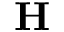
\mathbf { H }